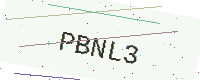
Text: PBNL3